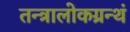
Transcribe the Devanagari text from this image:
तन्त्रालोकग्रन्थं